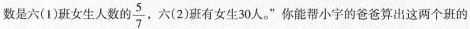
数是六(1)班女生人数的\frac{5}{7}，六(2)班有女生30人。”你能帮小宇的爸爸算出这两个班的